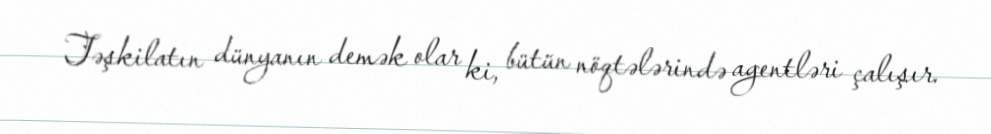
Təşkilatın dünyanın demək olar ki, bütün nöqtələrində agentləri çalışır.